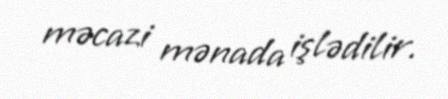
məcazi mənada işlədilir.